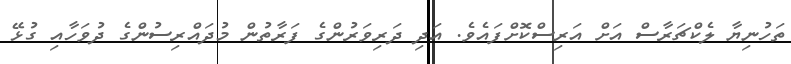
ތަހުނިޔާ ލެކްޗަރާސް އަށް އަރިސްކޮށްފައެވެ. އަދި ދަރިވަރުންގެ ފަރާތުން މުދައްރިސުންގެ ދުވަހާއި ގުޅޭ